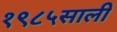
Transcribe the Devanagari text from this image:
१९८५साली